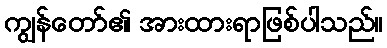
ကျွန်တော်၏ အားထားရာဖြစ်ပါသည်။